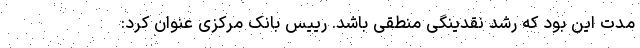
مدت این بود که رشد نقدینگی منطقی باشد. رییس بانک مرکزی عنوان کرد: